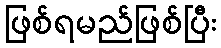
ဖြစ်ရမည်ဖြစ်ပြီး